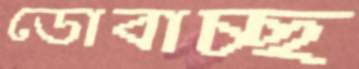
ডোবাচ্ছ